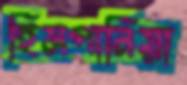
হিসপানিয়া